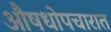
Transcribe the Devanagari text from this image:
औषधोपचारात